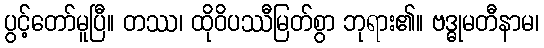
ပွင့်တော်မူပြီ။ တဿ၊ ထိုဝိပဿီမြတ်စွာ ဘုရား၏။ ဗဒ္ဓုမတီနာမ၊